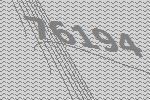
76194